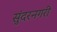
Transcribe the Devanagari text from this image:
सुंदरनगरी